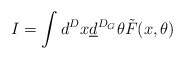
\begin{align*}I=\int d^Dx\underline{d}^{D_G}\theta\tilde{F}(x,\theta)\end{align*}